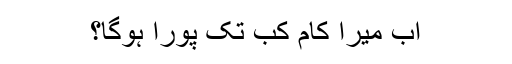
اب میرا کام کب تک پورا ہوگا؟